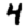
Digit: 4